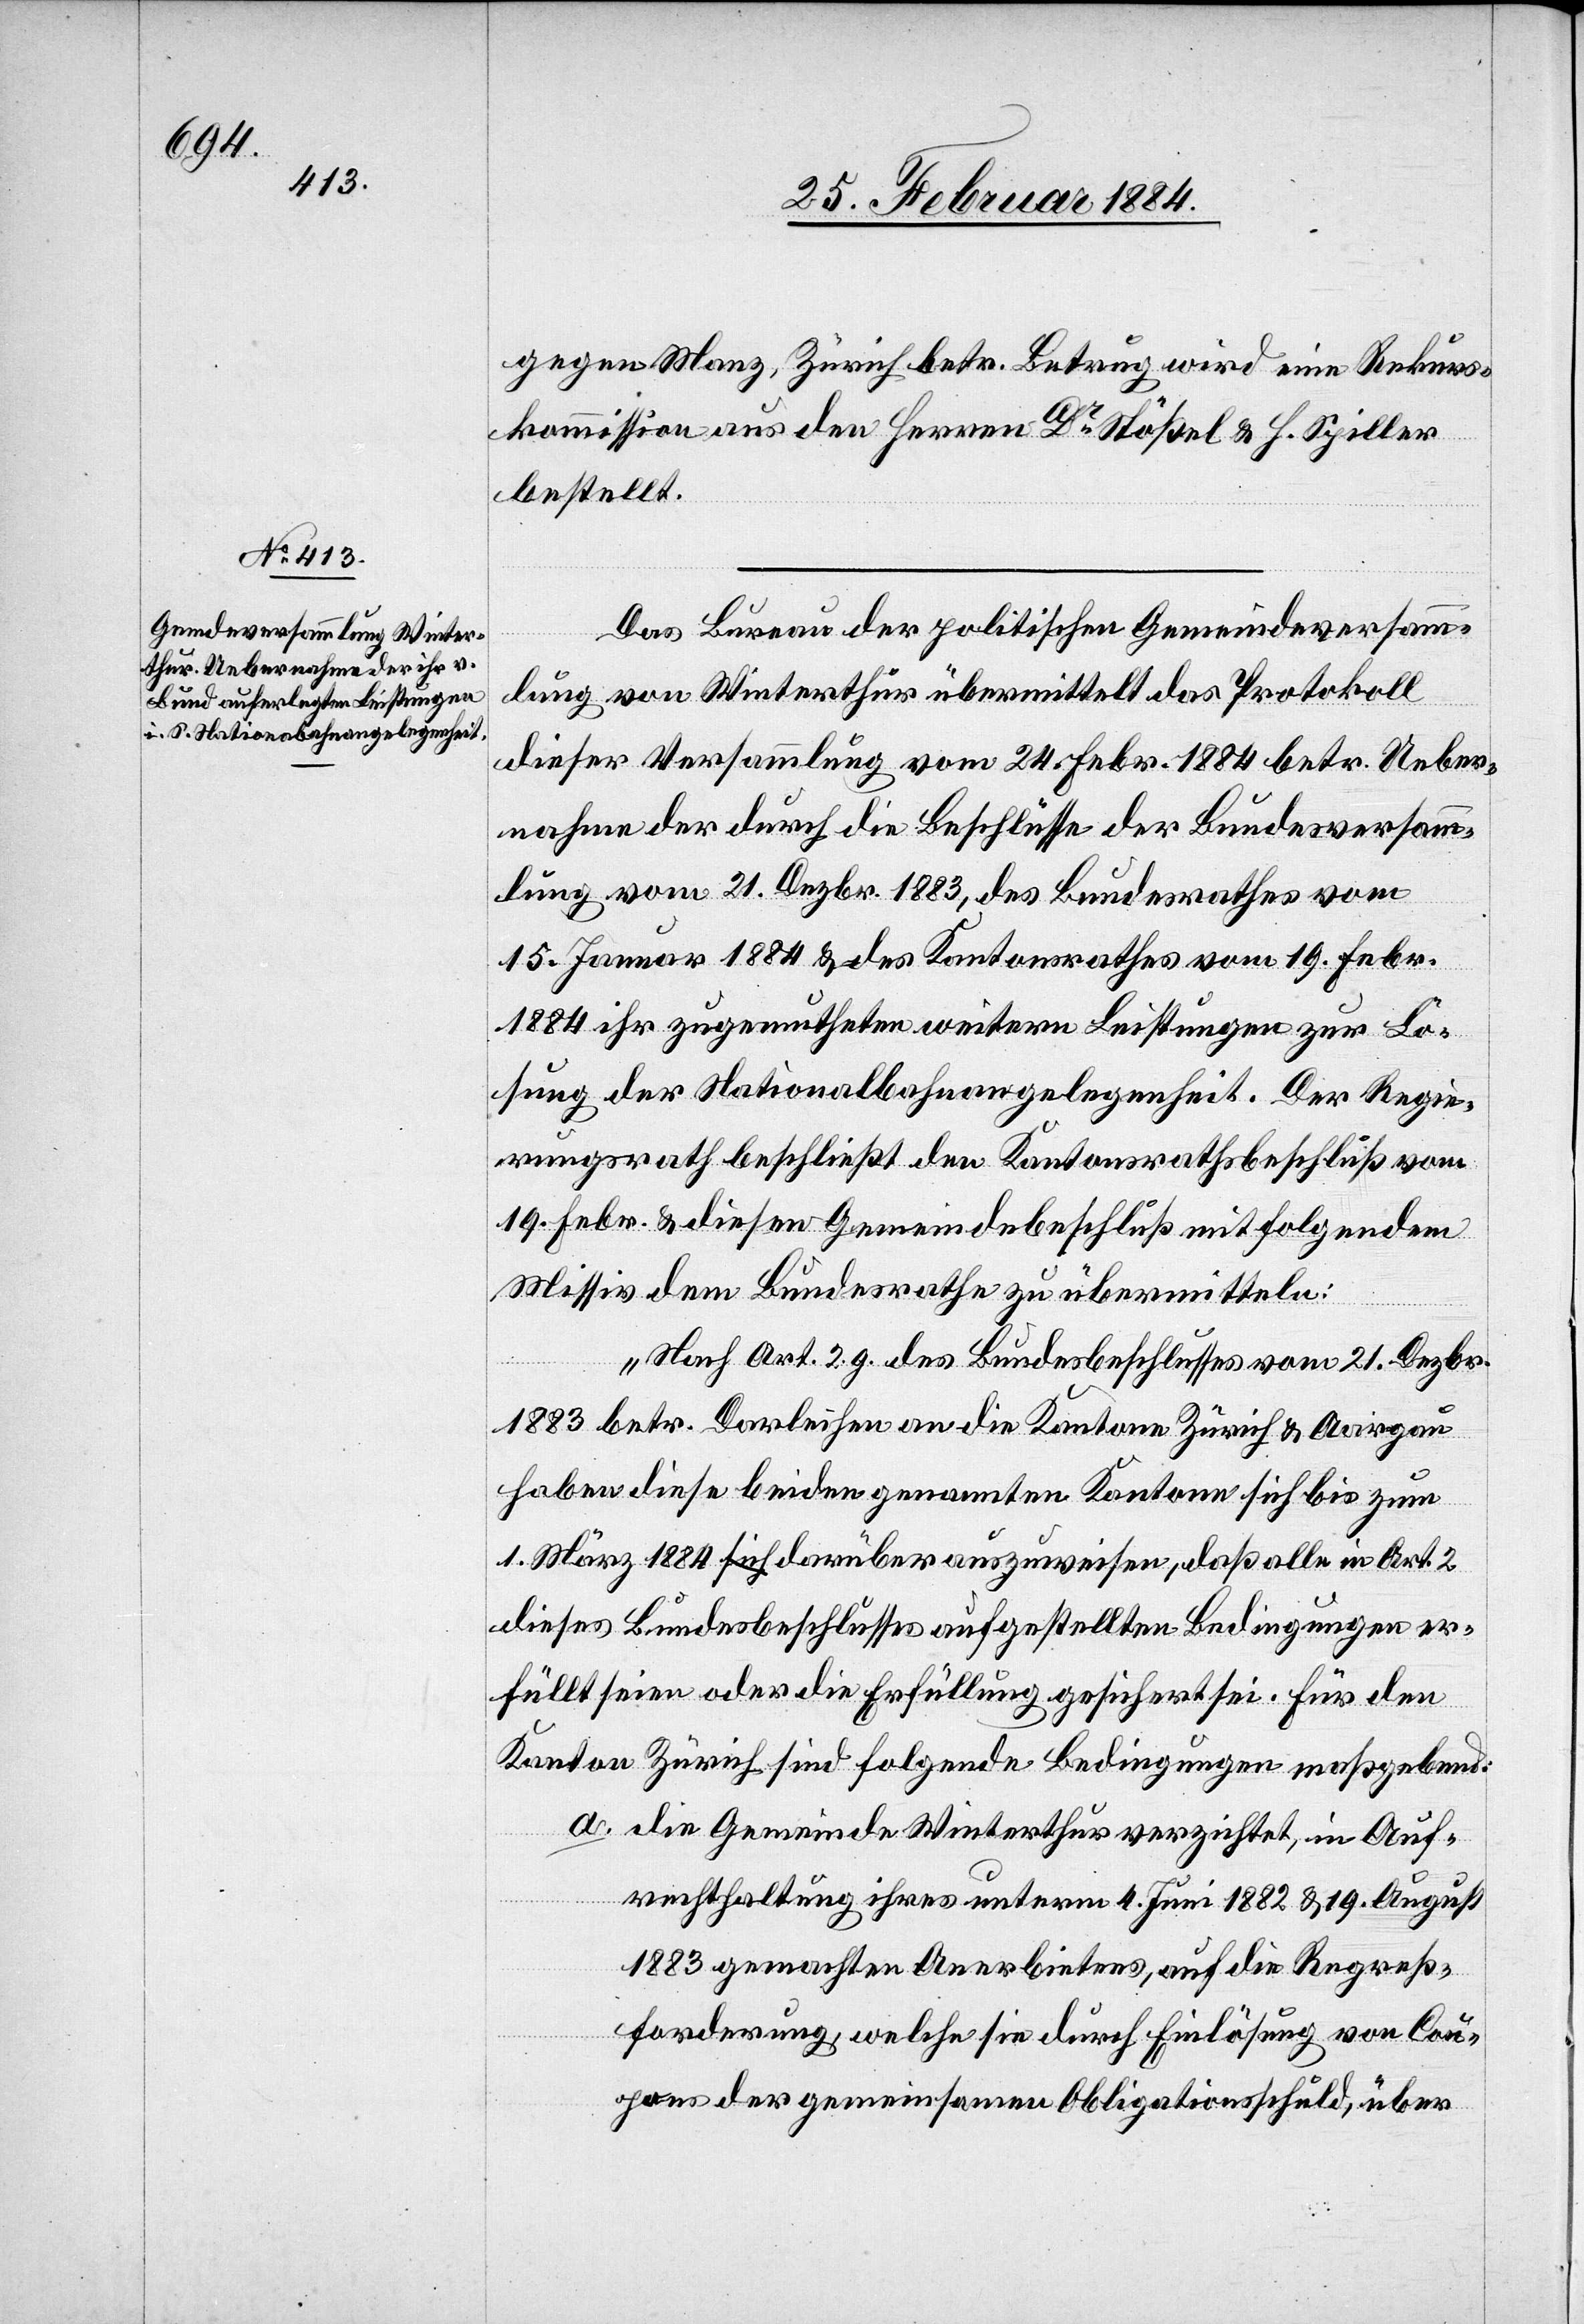
gegen Manz, Zürich betr. Betrug wird eine Rekurs¬
kommission aus den Herren Dr Stößel & H. Spiller
bestellt.
Das Bureau der politischen Gemeindeversamm¬
lung von Winterthur übermittelt das Protokoll
dieser Versammlung vom 24. Febr. 1884 betr. Ueber¬
nahme der durch die Beschlüsse der Bundesversamm¬
lung vom 21. Dezbr. 1883, des Bundesrathes vom
15. Januar 1884 & des Kantonsrathes vom 19. Febr.
1884 ihr zugemutheten weitern Leistungen zur Lö¬
sung der Nationalbahnangelegenheit. Der Regie¬
rungsrath beschließt den Kantonsrathsbeschluß vom
19. Febr. & diesen Gemeindebschluß mit folgendem
Missiv dem Bundesrathe zu übermitteln:
„Nach Art. 2. g. des Bundesbeschlusses vom 21. Dezbr.
1883 betr. Darleihen an die Kantone Zürich & Aargau
haben diese beiden genannten Kantone sich bis zum
1. März 1884 darüber auszuweisen, daß alle in Art. 2
dieses Bundesbeschlusses aufgestellten Bedingungen er¬
füllt seien oder die Erfüllung gesichert sei. Für den
Kanton Zürich sind folgende Bedingungen maßgebend:
a. Die Gemeinde Winterthur verzichtet, in Auf¬
rechterhaltung ihres unterm 4 Juni 1882 & 19. August
1883 gemachten Anerbietens, auf die Regreß¬
forderung, welche sie durch Einlösung von Cou¬
pons der gemeinsamen Obligationenschuld, über